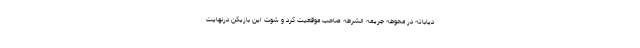
دیاباته در محوطه جریمه الشرطه صاحب موقعیت کرد و شوت این بازیکن درنهایت